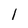
Character: l